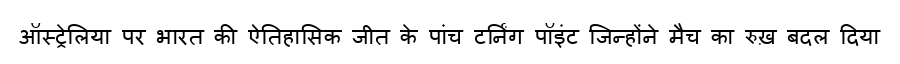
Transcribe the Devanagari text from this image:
ऑस्ट्रेलिया पर भारत की ऐतिहासिक जीत के पांच टर्निंग पॉइंट जिन्होंने मैच का रुख़ बदल दिया